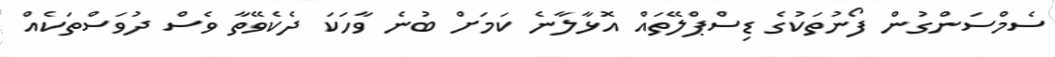
ސެމްސަންގުން ފޯނުތަކުގެ ޑިސްޕްލޭތައް އޮޅާލާނެ ކަމަށް ބުނެ ވާހަކަ ދެކެވޭތާ ވެސް ދުވަސްތަކެއް